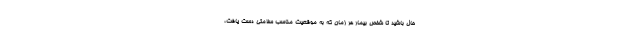
حال باشید تا شخص بیمار هر زمان که به موقعیت مناسب سلامتی دست یافت،